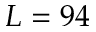
L = 9 4